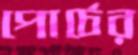
পোর্চের